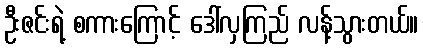
ဦးဇင်းရဲ့ စကားကြောင့် ဒေါ်လှကြည် လန့်သွားတယ်။